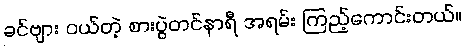
ခင်ဗျား ဝယ်တဲ့ စားပွဲတင်နာရီ အရမ်း ကြည့်ကောင်းတယ်။